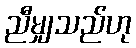
ညီမျှသည်ဟု